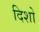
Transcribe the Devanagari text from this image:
दिशो